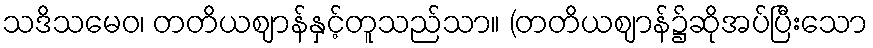
သဒိသမေဝ၊ တတိယဈာန်နှင့်တူသည်သာ။ (တတိယဈာန်၌ဆိုအပ်ပြီးသော